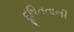
દૂષિતતાની